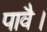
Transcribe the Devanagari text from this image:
पावै।